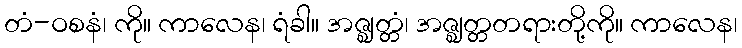
တံ-ဝစနံ၊ ကို။ ကာလေန၊ ရံခါ။ အဇ္ဈတ္တံ၊ အဇ္ဈတ္တတရားတို့ကို။ ကာလေန၊